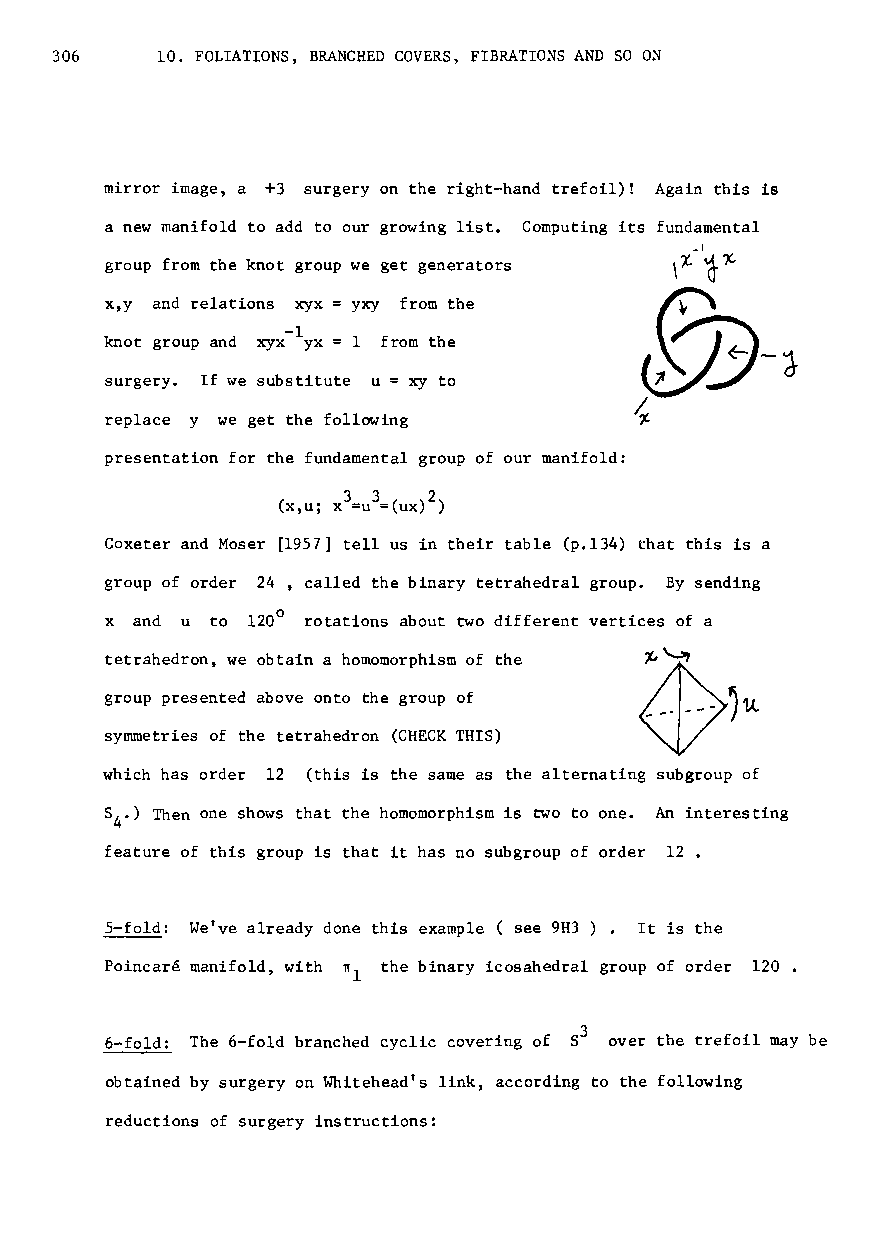
306    10. FOLIATIONS~ BRANCHED COVERS~ FIBRATIONS AND SO ON
 mirror image, a +3 surgery on the right-hand trefoil)! Again this is
 a new manifold to add to our growing list. Computing its fundamental
 _I
 group from the knot group we get generators \~ ~~
 @y-d
 x,y and relations xyx yxy from the
 -1
 knot group and xyx yx 1 from the
 surgery. If we substitute u = xy to
 ~
 replace y we get the following
 presentation for the fundamental group of our manifold:
 332
 (x,u; x =u =(ux) )
 Coxeter and Moser [1957] tell us in their table (p.134) that this is a
 group of order 24, called the binary tetrahedral group. By sending
 x and u to 1200 rotations about two different vertices of a
 tetrahedron, we obtain a homomorphism of the
 group presented above onto the group of
 symmetries of the tetrahedron (CHECK THIS)
 which has order 12 (this is the same as the alternating subgroup of
 8 .) Then one shows that the homomorphism is two to one. An interesting
 4
 feature of this group is that it has no subgroup of order 12.
 5-fold: We've already done this example ( see 9H3 ). It is the
 Poincare manifold, with ~l the binary icosahedral group of order 120.
 6-fo1d: The 6-fo1d branched cyclic covering of S3 over the trefoil may be
 obtained by surgery on Whitehead's link, according to the following
 reductions of surgery instructions: